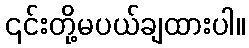
၎င်းတို့မပယ်ချထားပါ။